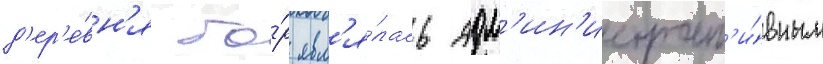
д'ер'е́вн'я бо́р явл'я́лась адм'ин'истрат'и́вным